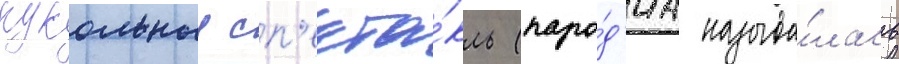
кукольныи сп'екта́кль (паро́д'иа называ́лась